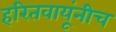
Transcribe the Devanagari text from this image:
हरितवायूंनीच